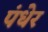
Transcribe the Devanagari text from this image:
पंधेर